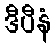
ဒီပီနံ